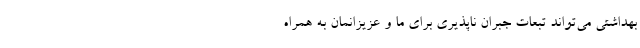
بهداشتی می‌تواند تبعات جبران ناپذیری برای ما و عزیزانمان به همراه